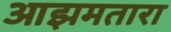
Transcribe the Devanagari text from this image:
आझमतारा